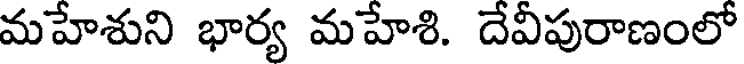
మహేశుని భార్య మహేశి. దేవీపురాణంలో